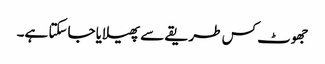
جھوٹ کس طریقے سے پھیلایا جاسکتا ہے۔